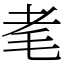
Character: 𦒷